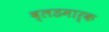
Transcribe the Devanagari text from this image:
ब्लडमार्क